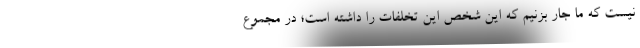
نیست که ما جار بزنیم که این شخص این تخلفات را داشته است؛ در مجموع